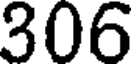
306